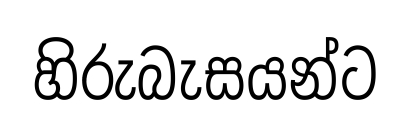
හිරුබැසයන්ට